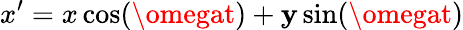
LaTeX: x^{\prime}=x\cos(\omegat)+\mathbf{y}\sin(\omegat)